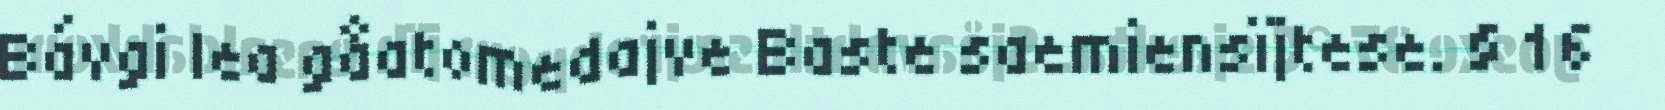
Bávgi lea gåatomedajve Baste saemiensïjtese. § 16